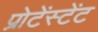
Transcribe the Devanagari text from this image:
प्रोटेंस्टेंट